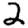
Digit: 2